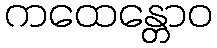
ကထေန္တောဝ